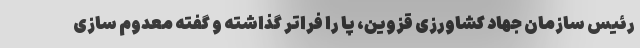
رئیس سازمان جهاد کشاورزی قزوین، پا را فراتر گذاشته و گفته معدوم سازی